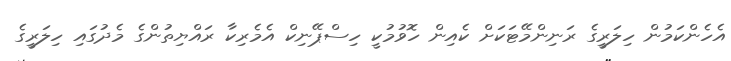
އެހެންކަމުން ހިލަރީގެ ރަނިންމޭޓަކަށް ކެއިން ހޮވުމުކީ ހިސްޕޭނިކް އެމެރިކާ ރައްޔިތުންގެ މެދުގައި ހިލަރީގެ